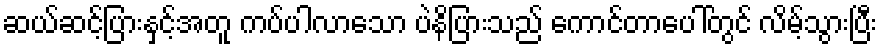
ဆယ်ဆင့်ပြားနှင့်အတူ ကပ်ပါလာသော ပဲနိပြားသည် ကောင်တာပေါ်တွင် လိမ့်သွားပြီး